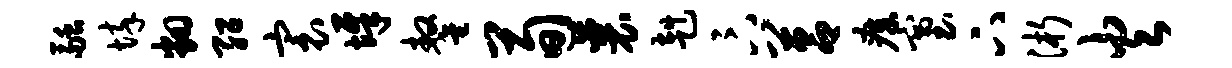
融悴翻绍寰墀鏊荀襄赳卞莒瘴塞下浙火